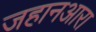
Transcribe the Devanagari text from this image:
जहानआरा